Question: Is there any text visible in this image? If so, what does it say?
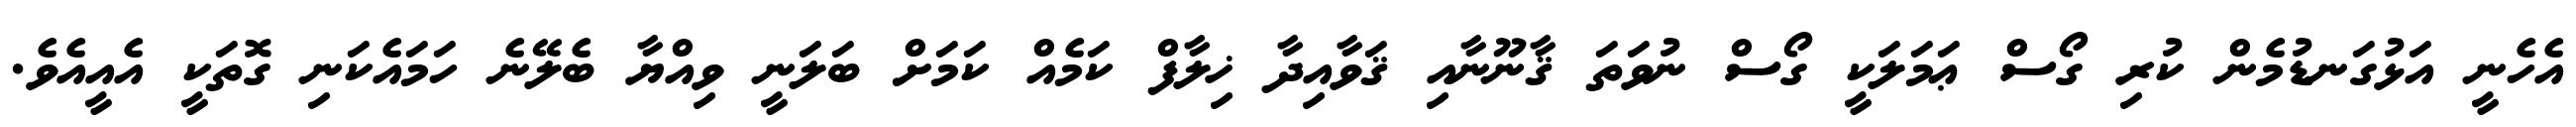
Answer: އެހެނީ އަޅުގަނޑުމެން ކުރި ގޯސް ޢަމަލަކީ ގޯސް ނުވަތަ ޤާނޫނާއި ޤަވާއިދާ ޚިލާފް ކަމެއް ކަމަށް ބަލަނީ ވިއްޔާ ބެލޭނެ ހަމައެކަނި ގޮތަކީ އެއީއެވެ.